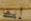
أنها